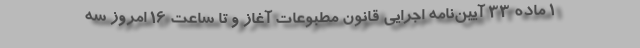
۱ ماده ۳۳ آیین‌نامه اجرایی قانون مطبوعات آغاز و تا ساعت ۱۶ امروز سه